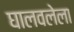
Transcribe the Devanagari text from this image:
घालवलेला